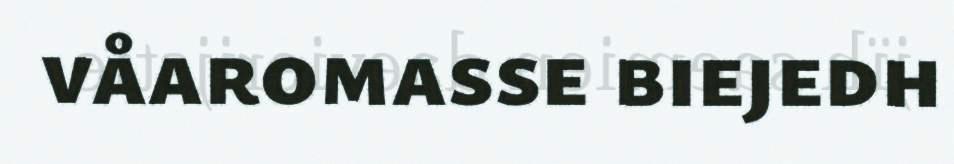
våaromasse biejedh